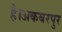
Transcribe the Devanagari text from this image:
है।अकबरपुर